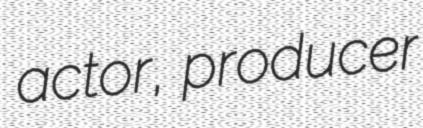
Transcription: actor, producer